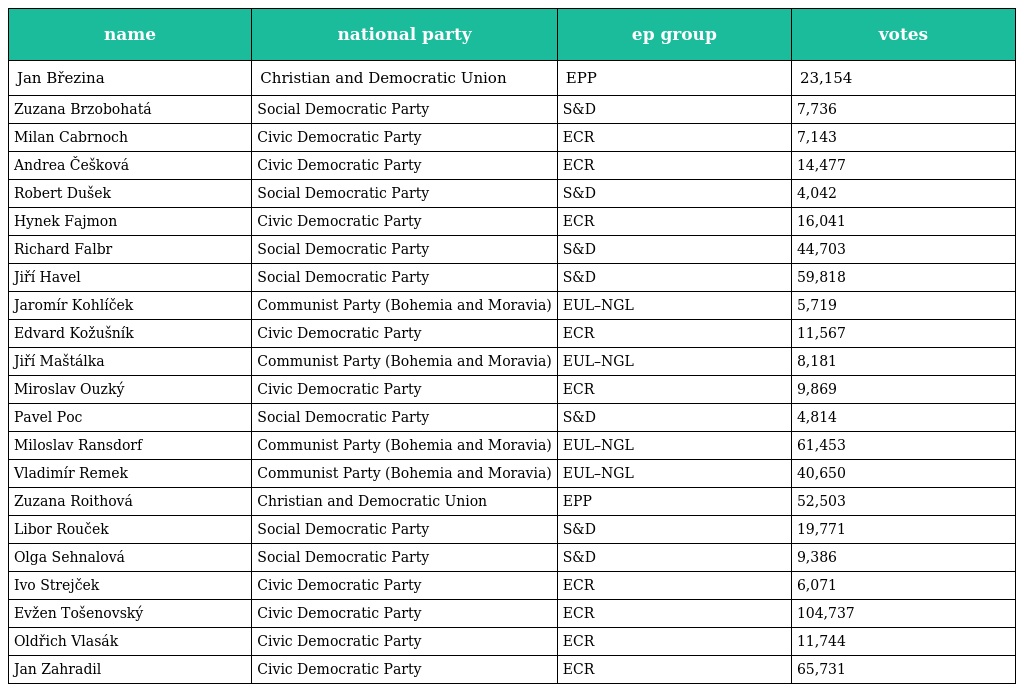
| name | national party | ep group | votes |
 | --- | --- | --- | --- |
 | Jan Březina | Christian and Democratic Union | EPP | 23,154 |
 | Zuzana Brzobohatá | Social Democratic Party | S&D | 7,736 |
 | Milan Cabrnoch | Civic Democratic Party | ECR | 7,143 |
 | Andrea Češková | Civic Democratic Party | ECR | 14,477 |
 | Robert Dušek | Social Democratic Party | S&D | 4,042 |
 | Hynek Fajmon | Civic Democratic Party | ECR | 16,041 |
 | Richard Falbr | Social Democratic Party | S&D | 44,703 |
 | Jiří Havel | Social Democratic Party | S&D | 59,818 |
 | Jaromír Kohlíček | Communist Party (Bohemia and Moravia) | EUL–NGL | 5,719 |
 | Edvard Kožušník | Civic Democratic Party | ECR | 11,567 |
 | Jiří Maštálka | Communist Party (Bohemia and Moravia) | EUL–NGL | 8,181 |
 | Miroslav Ouzký | Civic Democratic Party | ECR | 9,869 |
 | Pavel Poc | Social Democratic Party | S&D | 4,814 |
 | Miloslav Ransdorf | Communist Party (Bohemia and Moravia) | EUL–NGL | 61,453 |
 | Vladimír Remek | Communist Party (Bohemia and Moravia) | EUL–NGL | 40,650 |
 | Zuzana Roithová | Christian and Democratic Union | EPP | 52,503 |
 | Libor Rouček | Social Democratic Party | S&D | 19,771 |
 | Olga Sehnalová | Social Democratic Party | S&D | 9,386 |
 | Ivo Strejček | Civic Democratic Party | ECR | 6,071 |
 | Evžen Tošenovský | Civic Democratic Party | ECR | 104,737 |
 | Oldřich Vlasák | Civic Democratic Party | ECR | 11,744 |
 | Jan Zahradil | Civic Democratic Party | ECR | 65,731 |